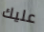
عليك